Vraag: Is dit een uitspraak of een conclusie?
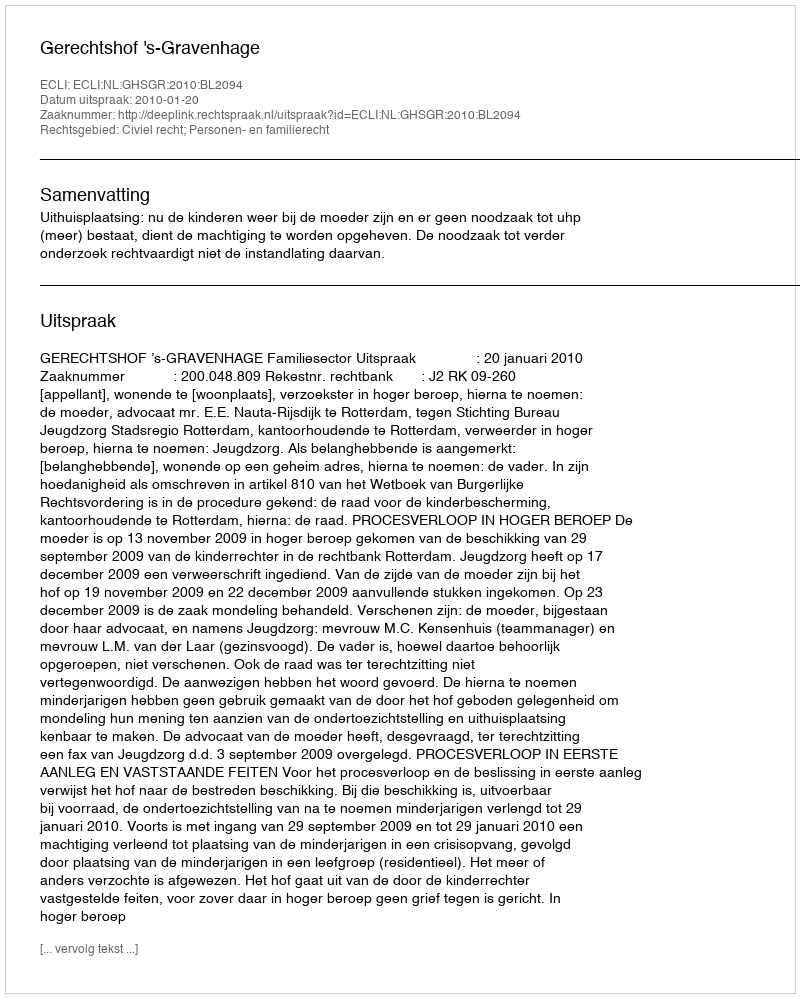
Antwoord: Uitspraak